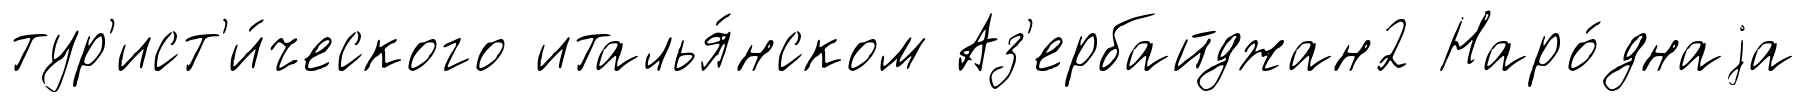
тур'ист'и́ческого италья́нском Аз'ербайджан2 Наро́днаjа